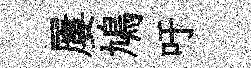
屢鳩吁